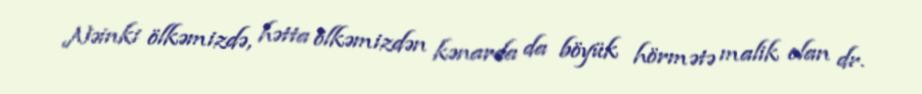
Nəinki ölkəmizdə, hətta ölkəmizdən kənarda da böyük hörmətə malik olan dr.